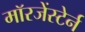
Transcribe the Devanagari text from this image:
मॉरजेंस्टेर्न